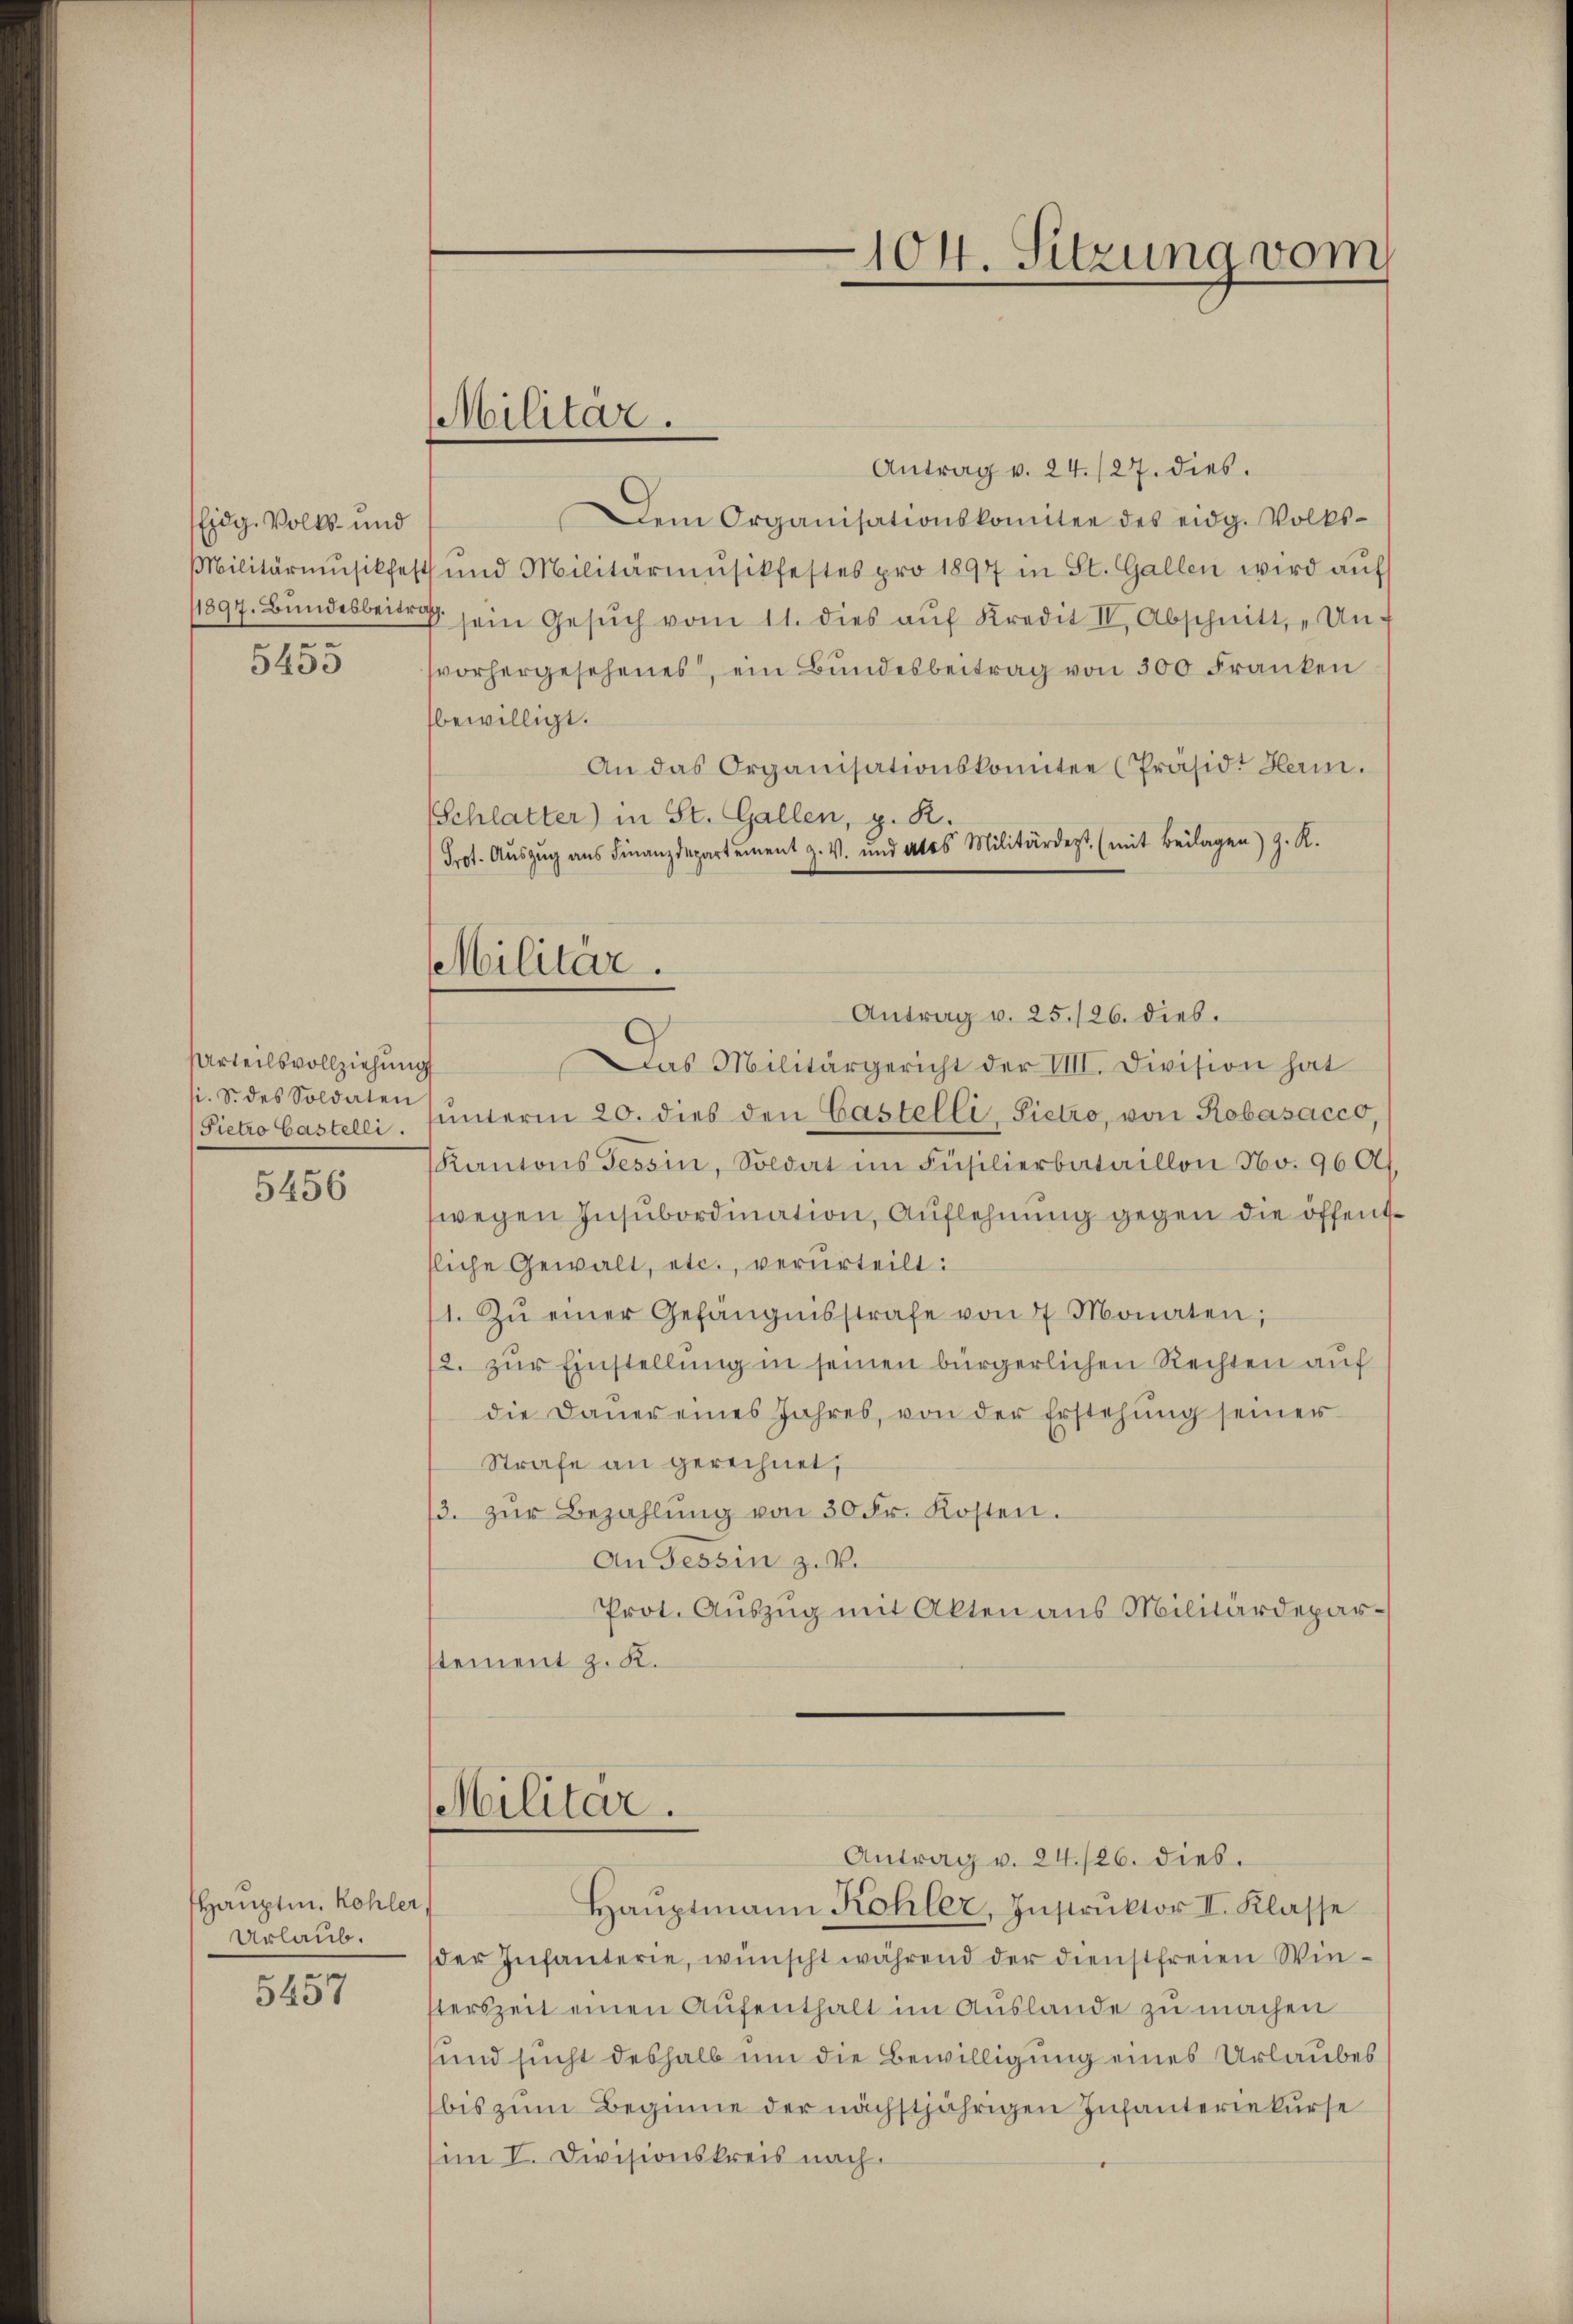
Eidg. Volks- und
.
5453

Urteilsvollziehung
si. S. des Soldaten
Pietro Castelli

5456

Hauptm. Kohler,
Urlaub.

5457

Antrag v. 24./27. dies.
Dem Organisationskomitee des eidg. Volks-
Militärmusikfest und Militärmŭsikfestes pro 1894 in St. Gallen wird aŭf
11897. Bundesbeitrag sein Gesŭch vom 11. dies aŭf Kredit II, Abschnitt, „Unvorhergesehenes, ein Bundesbeitrag von 300 Franken
bewilligt.
An das Organisationskomitee (Präsidt Herm.
(Schlatter) in St. Gallen, z. R.
Prot. Aŭszŭg ans Finanzdepartement z. V. und als Militärdept. (mit Beilagen) G. K.
Antrag v. 25./26. dies.
Das Militärgericht der VIII. Division hat
hŭnterm 20. dies den Castelli, Sietro, von Robasacco,
Kantons Tessin, Soldat im Füsilierbataillon No. 96 Al.
wegen Insubordination, Auflehnung gegen die öffentliche Gewalt, etc., verurteilt:
1. Zŭ einer Gefängnisstrafe von 7 Monaten;
2. zur Einstellung in seinen bürgerlichen Rechten auf
die Daŭer eines Jahres, von der Erstehung seiner
Strafe an gerechnet,
/3. zŭr Bezahlŭng von 30 Fr. Kosten.
An Tessin z. B.
Prot. Auszug mit Akten aus Militärdeparstement z. K.

Militar.

Militär.

Militär.

104. Sitzung vom
—

Antrag v. 24./26. dies.
Haŭptmann Kohler, Instrŭktor II. Klasse
der Infanterie, wünscht während der Dienstfreien Winsterszeit einen Aufenthalt im Auslande zu machen
sund sucht deshalb um die Bewilligung eines Urlaubes
bis zum Beginne der nächstjährigen Infanteriekurse
im I. Divisionskreis nach